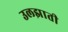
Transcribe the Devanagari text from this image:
उलझाती